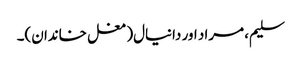
سلیم، مراد اور دانیال(مغل خاندان)۔